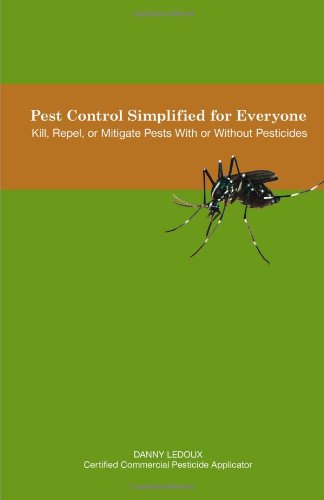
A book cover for Pest Control Simplified for Everyone: Kill, Repel, or Mitigate Pests with or Without Pesticides; Danny LeDoux; Crafts, Hobbies & Home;